Report on the working of the mental hospitals for Indians in Bihar and Orissa - 1925-1929
Year: 1925
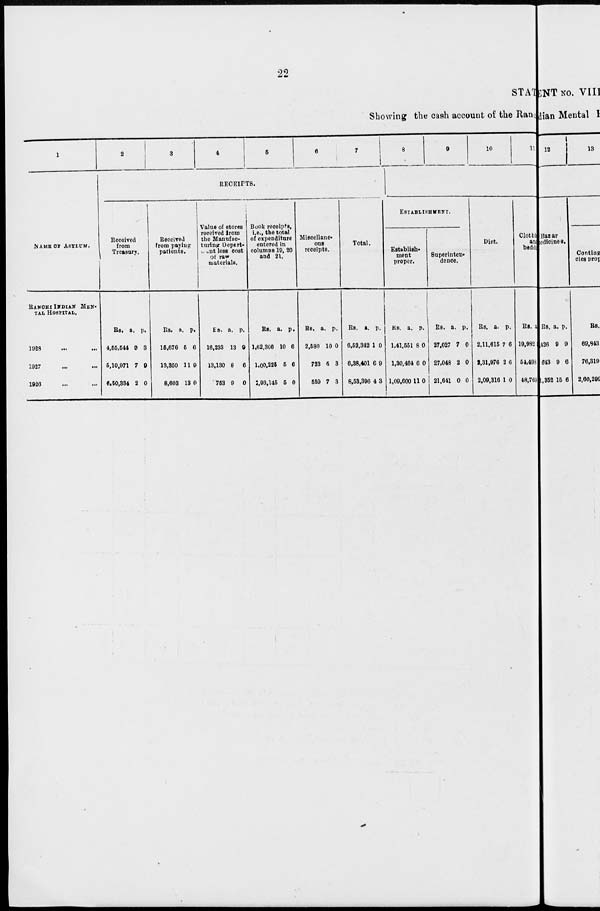
22
STAT
Showing the cash account of the Ranchi
1
NAME OF ASYLUM.
RANCHI INDIAN MEN-
--- HOSPITAL.
1928 ... ...
1927 ... ...
1926 ... ...
2
3
4
5
6
7
RECEIPTS.
Received
from
Treasury.
Rs.
4,55,544
5,10,971
6,50,334
a.
9
7
2
p.
3
9
0
Received
from paying
patients.
Rs.
15,676
13,350
8,603
a.
5
11
13
p.
6
9
0
Value of stores
received from
the Manufac-
turing Depart¬
ment less cost
or raw
materials.
Rs.
16,233
13,130
753
a.
13
8
9
p.
9
6
0
Book receipts,
i.e., the total
of expenditure
entered in
columns 19, 20
and 21.
Rs.
1,62,306
1,00,225
1,93,145
a.
10
5
5
p.
6
6
0
Miscellane-
ous
receipts.
Rs.
2,580
723
559
a.
10
6
7
p.
0
3
3
Total.
Rs.
6,52,342
6,38,401
8,53,396
a.
1
6
4
p.
0
9
3
8
9
10
11
ESTABLISHMENT.
Establish¬
ment
proper.
Rs.
1,41,551
1,30,464
1,09,600
a.
8
6
11
p.
0
0
0
Superinten-
dence.
Rs.
27,027
27,048
21,641
a.
7
2
0
p.
0
0
0
Diet.
Rs.
2,11,615
2,31,976
2,09,316
a.
7
2
1
p.
6
6
0
Clothing
and
bedding.
Rs.
19,982
54,498
48,769
a